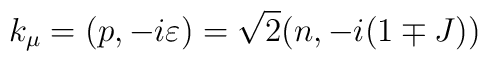
k_{\mu}=(p,-i\varepsilon)=\sqrt{2}(n,-i(1\mp J))